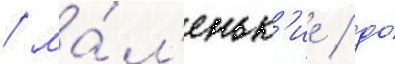
/ ма́л'еньк'ие / до́